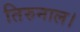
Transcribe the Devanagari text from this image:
तिरुनाल।